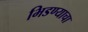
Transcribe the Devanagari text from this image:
भिडण्याचा